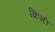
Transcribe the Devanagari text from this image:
क्रिमी